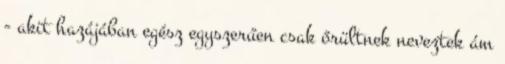
- akit hazájában egész egyszerűen csak őrültnek neveztek ám